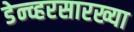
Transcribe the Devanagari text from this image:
डेन्व्हरसारख्या